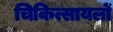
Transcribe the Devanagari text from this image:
चिकित्सायलों